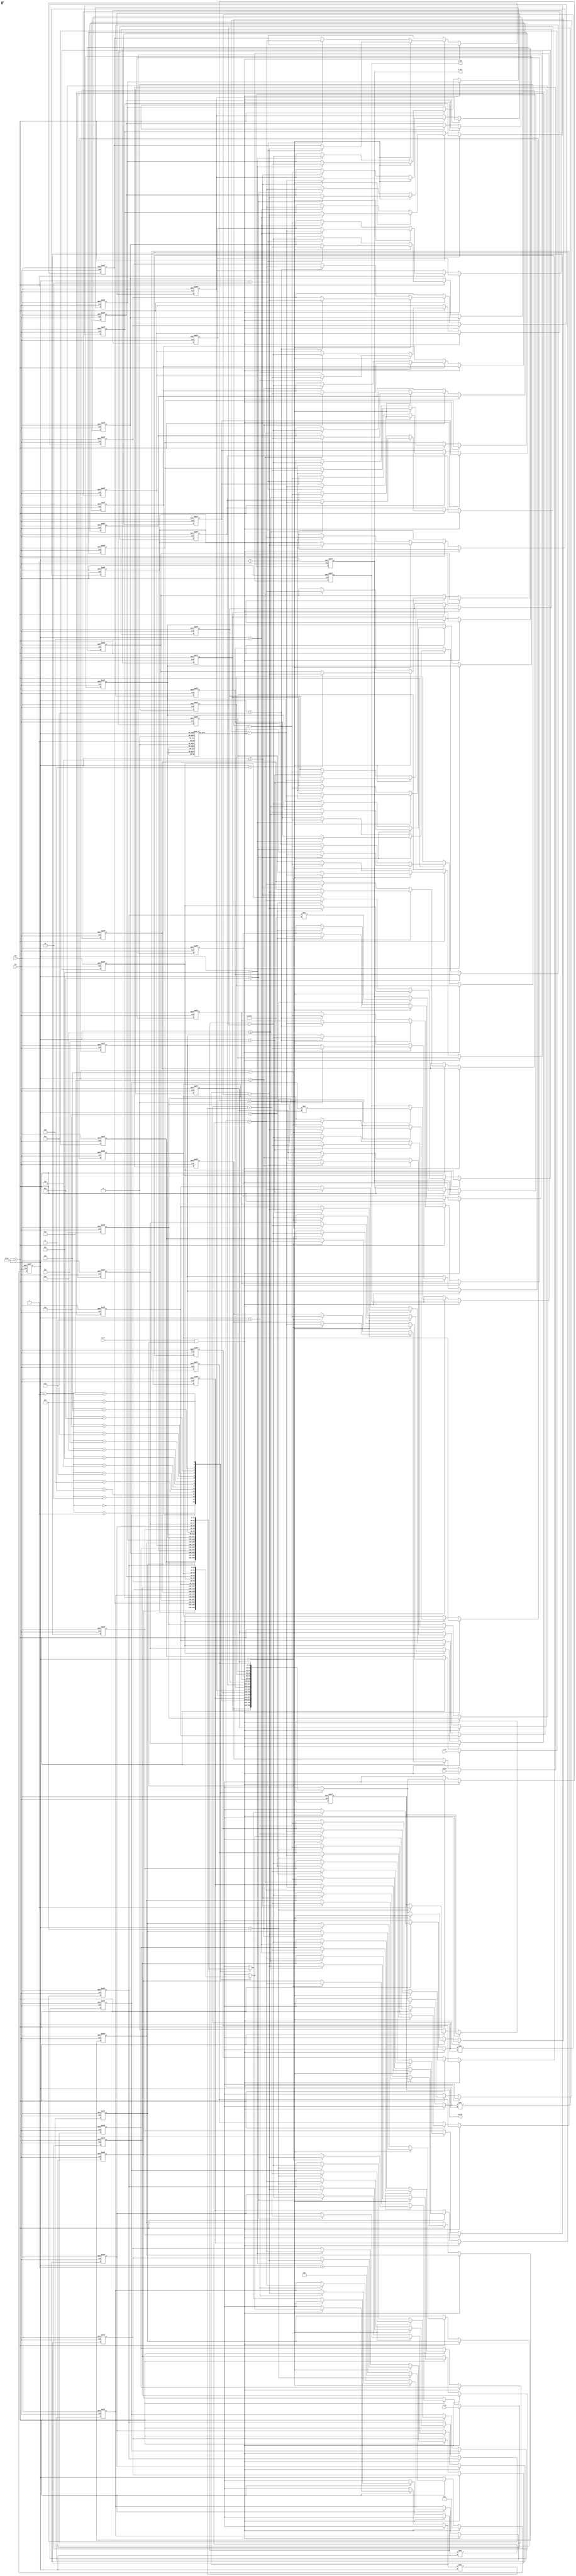
module pipeline_cordic #(
    parameter DATA_WIDTH = 16,
    parameter NUM_STAGES = 16
)(
    input wire clk,
    input wire rst,
    input wire start,
    input wire [DATA_WIDTH-1:0] angle, // Input angle in radians
    input wire [DATA_WIDTH-1:0] x_in,   // Initial x coordinate
    input wire [DATA_WIDTH-1:0] y_in,   // Initial y coordinate
    output reg [DATA_WIDTH-1:0] x_out,  // Output x coordinate
    output reg [DATA_WIDTH-1:0] y_out,  // Output y coordinate
    output reg valid                   // Output valid signal
);

    // Internal registers for x, y, z (angle)
    reg [DATA_WIDTH-1:0] x [0:NUM_STAGES-1];
    reg [DATA_WIDTH-1:0] y [0:NUM_STAGES-1];
    reg [DATA_WIDTH-1:0] z [0:NUM_STAGES-1];
    
    // CORDIC gain (for normalization)
    localparam CORDIC_GAIN = 16'h26DD; // Approximate value for gain (1/K)

    // CORDIC angle table
    reg [DATA_WIDTH-1:0] angle_table [0:NUM_STAGES-1];

    // Initialize angle table
    initial begin
        // Populate angle_table with arctan values for each stage
        angle_table[0] = 16'h2000; // atan(2^0)
        angle_table[1] = 16'h1000; // atan(2^-1)
        angle_table[2] = 16'h0800; // atan(2^-2)
        angle_table[3] = 16'h0400; // atan(2^-3)
        angle_table[4] = 16'h0200; // atan(2^-4)
        angle_table[5] = 16'h0100; // atan(2^-5)
        angle_table[6] = 16'h0080; // atan(2^-6)
        angle_table[7] = 16'h0040; // atan(2^-7)
        angle_table[8] = 16'h0020; // atan(2^-8)
        angle_table[9] = 16'h0010; // atan(2^-9)
        angle_table[10] = 16'h0008; // atan(2^-10)
        angle_table[11] = 16'h0004; // atan(2^-11)
        angle_table[12] = 16'h0002; // atan(2^-12)
        angle_table[13] = 16'h0001; // atan(2^-13)
        angle_table[14] = 16'h0001; // atan(2^-14)
        angle_table[15] = 16'h0000; // atan(2^-15)
    end

    // Control logic for pipeline stages
    integer i;
    reg [3:0] state;
    
    always @(posedge clk or posedge rst) begin
        if (rst) begin
            // Reset all registers and valid signal
            for (i = 0; i < NUM_STAGES; i = i + 1) begin
                x[i] <= 0;
                y[i] <= 0;
                z[i] <= 0;
            end
            x_out <= 0;
            y_out <= 0;
            valid <= 0;
            state <= 0;
        end else if (start && state == 0) begin
            // Load initial values
            x[0] <= x_in;
            y[0] <= y_in;
            z[0] <= angle;
            state <= 1;
        end else if (state < NUM_STAGES) begin
            // Perform CORDIC iterations
            if (z[state-1] < 0) begin
                // Rotate in positive direction
                x[state] <= x[state-1] + (y[state-1] >> state);
                y[state] <= y[state-1] - (x[state-1] >> state);
                z[state] <= z[state-1] + angle_table[state];
            end else begin
                // Rotate in negative direction
                x[state] <= x[state-1] - (y[state-1] >> state);
                y[state] <= y[state-1] + (x[state-1] >> state);
                z[state] <= z[state-1] - angle_table[state];
            end
            
            // Update output signals after the last stage
            if (state == NUM_STAGES - 1) begin
                x_out <= x[NUM_STAGES-1] * CORDIC_GAIN;
                y_out <= y[NUM_STAGES-1] * CORDIC_GAIN;
                valid <= 1;
                state <= 0; // Reset state to wait for next input
            end else begin
                state <= state + 1;
            end
        end else begin
            valid <= 0; // Clear valid signal when not processing
        end
    end

endmodule